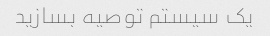
یک سیستم توصیه بسازید